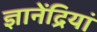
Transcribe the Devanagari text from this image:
ज्ञानेंद्रियां